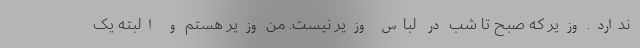
ندارد. وزیر که صبح تا شب در لباس وزیر نیست. من وزیر هستم و البته یک